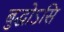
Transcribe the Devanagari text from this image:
बुद्धोऽसि